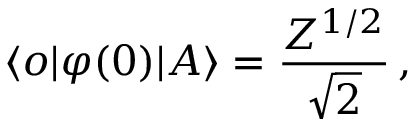
\langle o | \varphi ( 0 ) | A \rangle = \frac { Z ^ { 1 / 2 } } { \sqrt { 2 } } \, ,